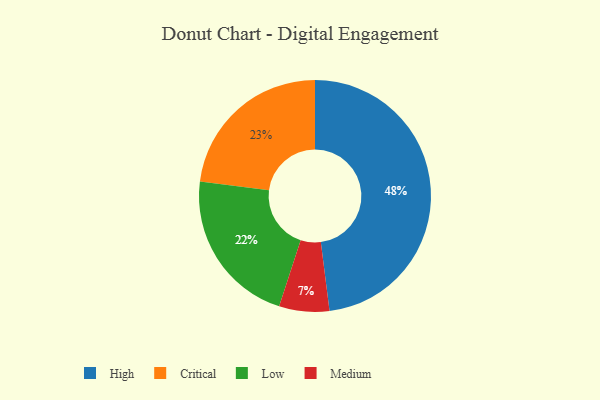
{"axis": {"x": "Category", "y": "Percentage"}, "legend": ["Critical", "High", "Low", "Medium"], "data": [{"x": "Low", "y": 22, "type": "Low"}, {"x": "Critical", "y": 23, "type": "Critical"}, {"x": "Medium", "y": 7, "type": "Medium"}, {"x": "High", "y": 48, "type": "High"}]}